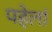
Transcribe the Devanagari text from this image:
पहेलां